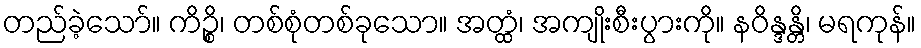
တည်ခဲ့သော်။ ကိဉ္စိ၊ တစ်စုံတစ်ခုသော။ အတ္ထံ၊ အကျိုးစီးပွားကို။ နဝိန္ဒန္တိ၊ မရကုန်။